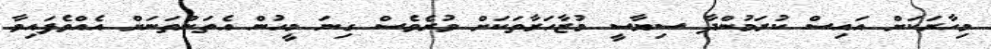
މިހާރަކަށް އައިސް ކުރަމުންދާ ސިޔާސީ މުޒާހަރާތަކަށް ވުރެވެސް ގިނަ މީހުން އެތަންތަނަށް އެއްވެފައިވާ